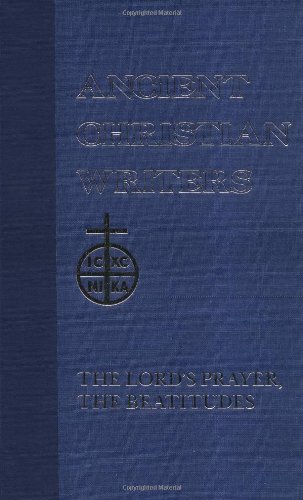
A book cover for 18. St. Gregory of Nyssa: The Lord's Prayer, The Beatitudes (Ancient Christian Writers); Gregory of Nyssa; Christian Books & Bibles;